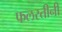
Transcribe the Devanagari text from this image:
फलस्तीनी